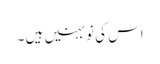
اس کی نو بہنیں ہیں ۔